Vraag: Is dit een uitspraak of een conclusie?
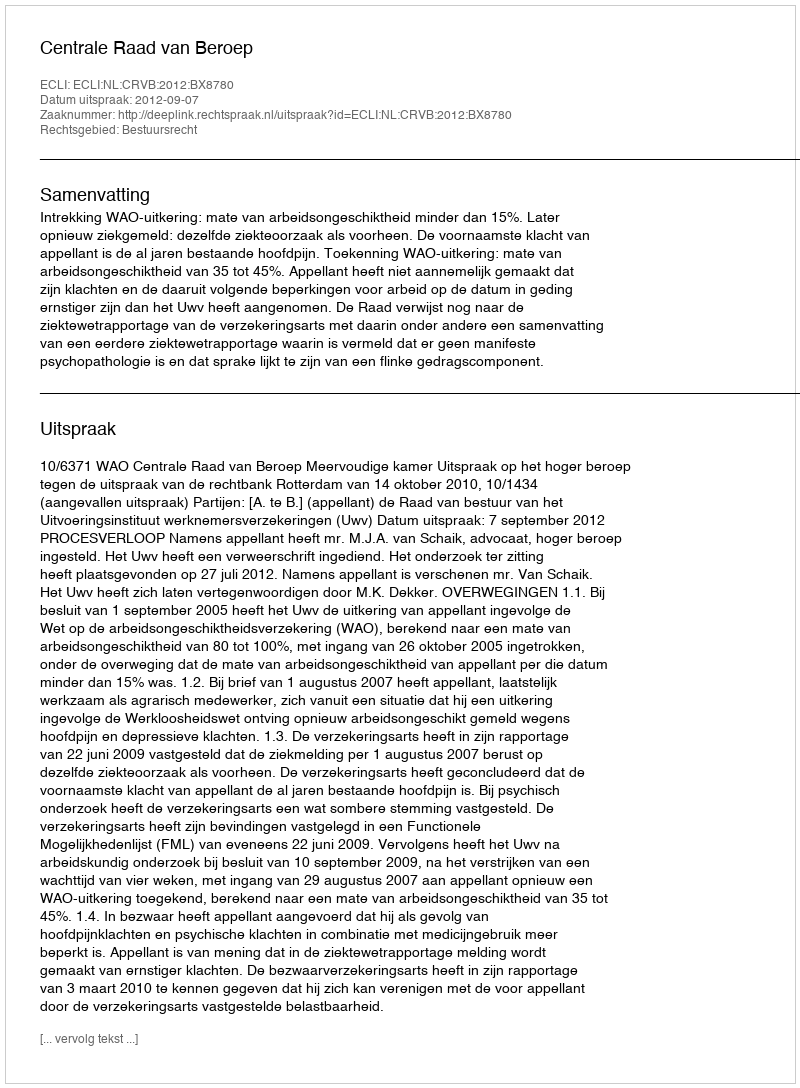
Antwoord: Uitspraak